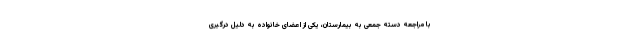
با مراجعه دسته جمعی به بیمارستان، یکی از اعضای خانواده به دلیل درگیری